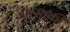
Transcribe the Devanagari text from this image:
मात्स्यकी